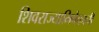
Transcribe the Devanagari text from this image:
शिवराज्याभिषेकाची